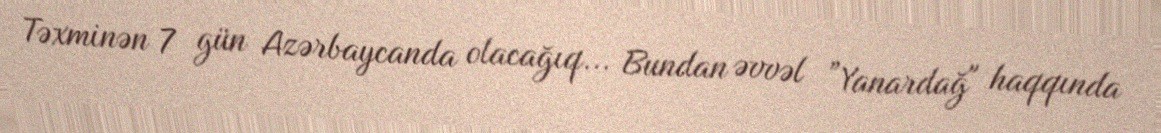
Təxminən 7 gün Azərbaycanda olacağıq... Bundan əvvəl ”Yanardağ" haqqında